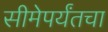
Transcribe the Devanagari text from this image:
सीमेपर्यंतचा